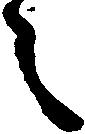
々